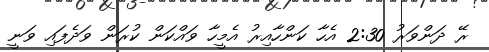
ރޭ ދަންވަރު 2:30 އެހާ ކަންހާއިރު އެމީހާ ވައްކަން ކުރަން ވަދެފައި ވަނީ